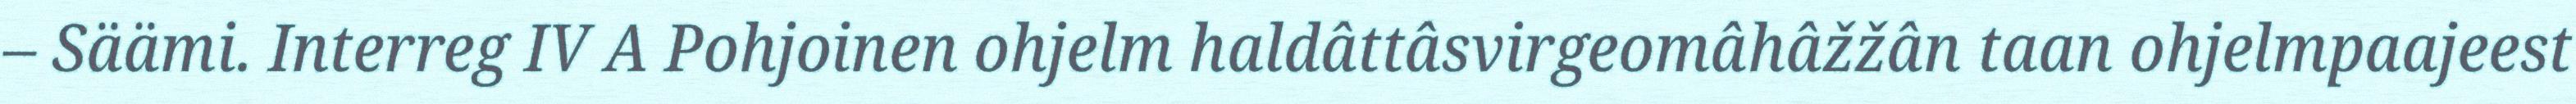
– Säämi. Interreg IV A Pohjoinen ohjelm haldâttâsvirgeomâhâžžân taan ohjelmpaajeest